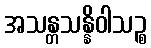
အသန္တသန္နိဝါသဉ္စ